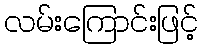
လမ်းကြောင်းဖြင့်